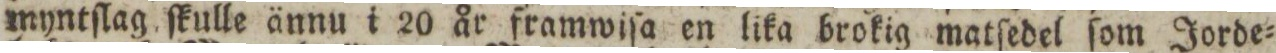
myntſlag ſkulle ännu i 20 år framwiſa en lika brokig matſedel ſom Jorde=